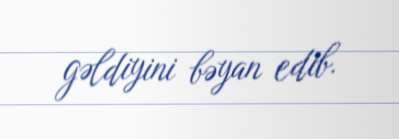
gəldiyini bəyan edib.